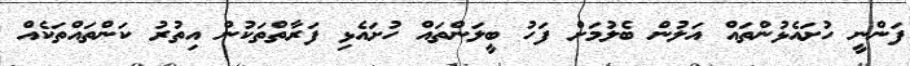
ފަންނީ ހުށައެޅުންތައް އަލުން ބެލުމަށް ފަހު ބީލަންތައް ހުށައެޅި ފަރާތްތަކުން އިތުރު ކަންތައްތަކެއް